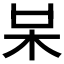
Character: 𣏁